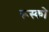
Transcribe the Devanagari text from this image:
रूस्को